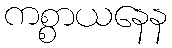
ကစ္စာယနေန